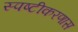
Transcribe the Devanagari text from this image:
स्पष्टीकरणास